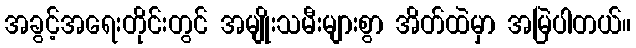
အခွင့်အရေးတိုင်းတွင် အမျိုးသမီးများစွာ အိတ်ထဲမှာ အမြဲပါတယ်။